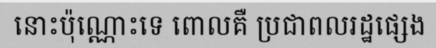
នោះប៉ុណ្ណោះទេ ពោលគឺ ប្រជាពលរដ្ឋផ្សេង